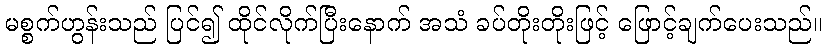
မစ္စက်ဟွန်းသည် ပြင်၍ ထိုင်လိုက်ပြီးနောက် အသံ ခပ်တိုးတိုးဖြင့် ဖြောင့်ချက်ပေးသည်။